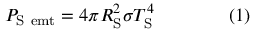
P _ { \mathrm { { S \ e m t } } } = 4 \pi R _ { \mathrm { { S } } } ^ { 2 } \sigma T _ { \mathrm { { S } } } ^ { 4 } \qquad \qquad ( 1 )